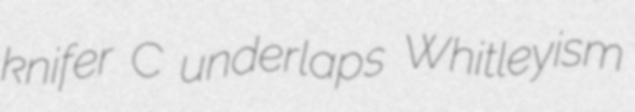
knifer C underlaps Whitleyism